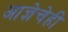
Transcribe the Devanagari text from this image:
आज्ञेचेही